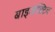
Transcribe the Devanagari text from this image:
बाइजेक्टिव